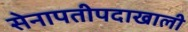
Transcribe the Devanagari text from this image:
सेनापतीपदाखाली